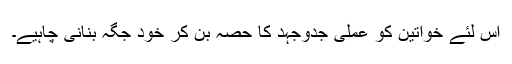
اس لئے خواتین کو عملی جدوجہد کا حصہ بن کر خود جگہ بنانی چاہیے۔